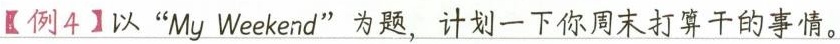
【例4】以"My Weekend”为题，计划一下你周末打算干的事情。